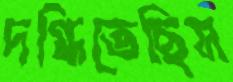
দগ্ধিতেছিস